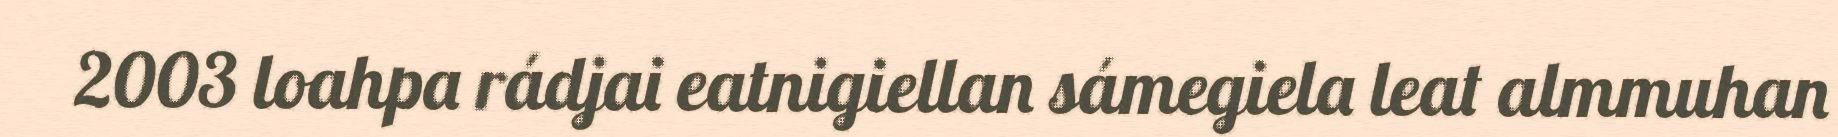
2003 loahpa rádjai eatnigiellan sámegiela leat almmuhan